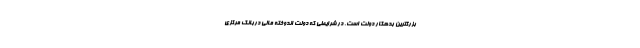
بزرگترین بدهکار دولت است. در شرایطی که دولت اندوخته مالی دربانک مرکزی